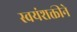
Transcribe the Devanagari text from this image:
स्वयंशक्तीने